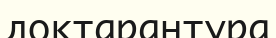
доктарантура